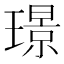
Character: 璟